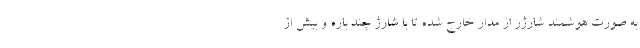
به صورت هوشمند شارژر از مدار خارج شده تا با شارژ چند باره و بیش از